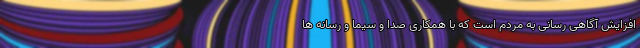
افزایش آگاهی رسانی به مردم است که با همکاری صدا و سیما و رسانه ها